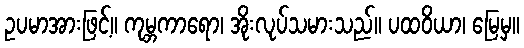
ဥပမာအားဖြင့်။ ကုမ္ဘကာရော၊ အိုးလုပ်သမားသည်။ ပထဝိယာ၊ မြေမှ။